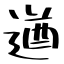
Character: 遒